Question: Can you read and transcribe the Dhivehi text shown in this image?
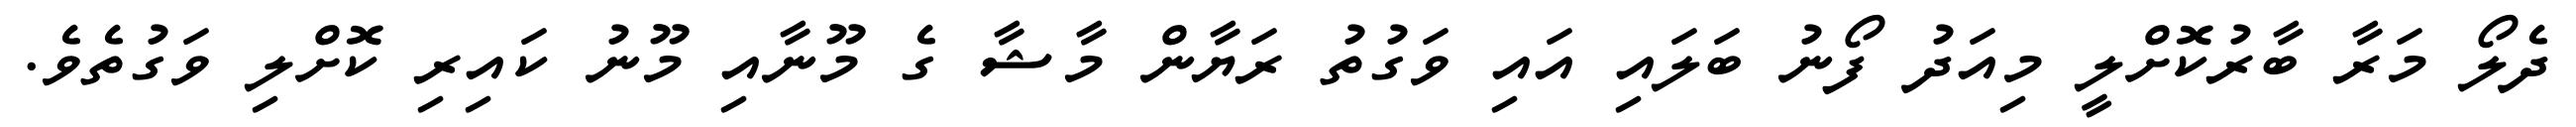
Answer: ދެލޯ މަރާ ބާރުކޮށްލީ މިއަދު ފޯނު ބަލައި އައި ވަގުތު ރަޔާން މާޝާ ގެ މޫނާއި މޫނު ކައިރި ކޮށްލި ވަގުތެވެ.